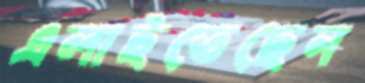
এলাইতেছেন